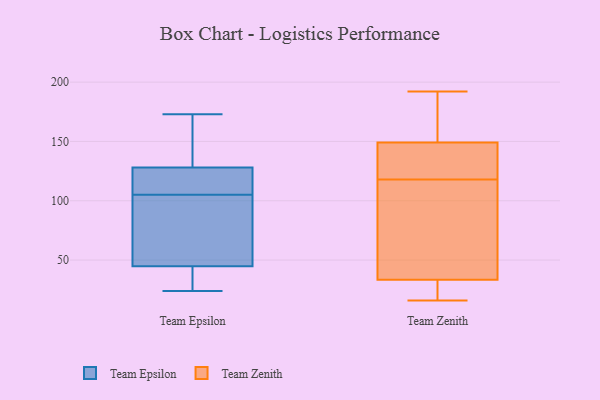
{"axis": {"x": "Demand Index", "y": "Value"}, "legend": ["Team Epsilon", "Team Zenith"], "data": [{"x": "", "y": 124, "type": "Team Epsilon"}, {"x": "", "y": 106, "type": "Team Epsilon"}, {"x": "", "y": 51, "type": "Team Epsilon"}, {"x": "", "y": 156, "type": "Team Epsilon"}, {"x": "", "y": 140, "type": "Team Epsilon"}, {"x": "", "y": 45, "type": "Team Epsilon"}, {"x": "", "y": 44, "type": "Team Epsilon"}, {"x": "", "y": 173, "type": "Team Epsilon"}, {"x": "", "y": 24, "type": "Team Epsilon"}, {"x": "", "y": 105, "type": "Team Epsilon"}, {"x": "", "y": 39, "type": "Team Epsilon"}, {"x": "", "y": 87, "type": "Team Epsilon"}, {"x": "", "y": 121, "type": "Team Epsilon"}, {"x": "", "y": 33, "type": "Team Zenith"}, {"x": "", "y": 118, "type": "Team Zenith"}, {"x": "", "y": 16, "type": "Team Zenith"}, {"x": "", "y": 128, "type": "Team Zenith"}, {"x": "", "y": 156, "type": "Team Zenith"}, {"x": "", "y": 192, "type": "Team Zenith"}, {"x": "", "y": 126, "type": "Team Zenith"}, {"x": "", "y": 173, "type": "Team Zenith"}, {"x": "", "y": 35, "type": "Team Zenith"}, {"x": "", "y": 54, "type": "Team Zenith"}, {"x": "", "y": 27, "type": "Team Zenith"}]}